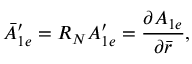
\Bar { A } _ { 1 e } ^ { \prime } = R _ { N } A _ { 1 e } ^ { \prime } = \frac { \partial A _ { 1 e } } { \partial \Bar { r } } ,